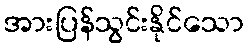
အားပြန်သွင်းနိုင်သော